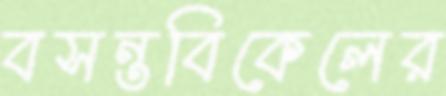
বসন্তবিকেলের